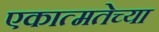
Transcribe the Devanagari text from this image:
एकात्मतेच्या